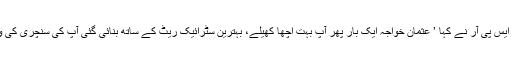
اپنے پیغام میں ڈی جی آئی ایس پی آر نے کہا ’ عثمان خواجہ ایک بار پھر آپ بہت اچھا کھیلے، بہترین سٹرائیک ریٹ کے ساتھ بنائی گئی آپ کی سنچری کی وجہ سے میچ کا پانسہ پلٹا‘۔